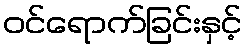
ဝင်ရောက်ခြင်းနှင့်